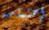
إهتمامه